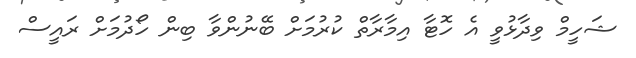
ޝަހީމް ވިދާޅުވީ އެ ހޮޓާ އިމާރާތް ކުރުމަށް ބޭނުންވާ ބިން ހޯދުމަށް ރައީސް